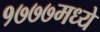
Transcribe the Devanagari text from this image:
१७७७मध्ये